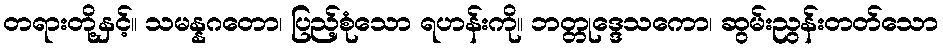
တရားတို့နှင့်။ သမန္နဂတော၊ ပြည့်စုံသော ရဟန်းကို။ ဘတ္တုဒ္ဒေသကော၊ ဆွမ်းညွန်းတတ်သော